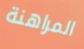
المراهنة